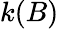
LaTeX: k(B)